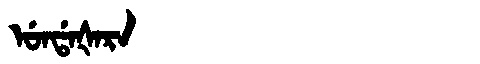
Manchu: ᡠᠨᡩᠠᡧᠠᡵᠠ
Romanization: UNDAŠARA